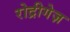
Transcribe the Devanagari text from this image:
रोद्रीगेज़